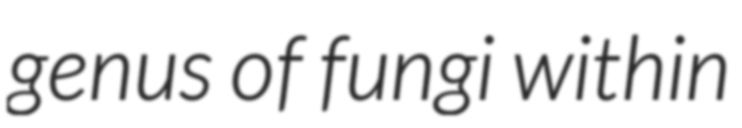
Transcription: genus of fungi within